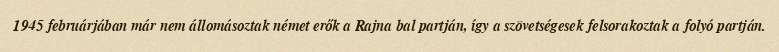
1945 februárjában már nem állomásoztak német erők a Rajna bal partján, így a szövetségesek felsorakoztak a folyó partján.